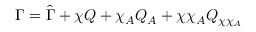
\Gamma = \hat { \Gamma } + \chi Q + \chi _ { A } Q _ { A } + \chi \chi _ { A } Q _ { \chi \chi _ { A } }